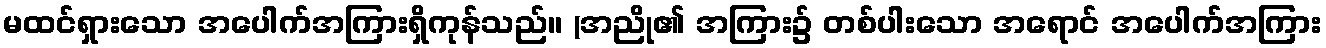
မထင်ရှားသော အပေါက်အကြားရှိကုန်သည်။ (အညို၏ အကြား၌ တစ်ပါးသော အရောင် အပေါက်အကြား